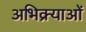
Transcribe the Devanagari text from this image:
अभिक्र्याओं